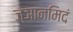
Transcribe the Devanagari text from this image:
ज्ञानमिदं